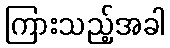
ကြားသည့်အခါ